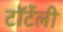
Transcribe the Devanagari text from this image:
टॉर्टेली